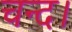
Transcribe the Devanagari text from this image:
चन्‍द।